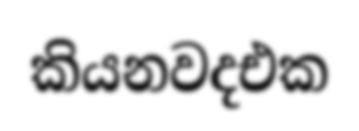
කියනවදඑක